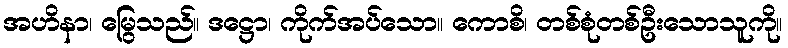
အဟိနာ၊ မြွေသည်။ ဒဋ္ဌော၊ ကိုက်အပ်သော။ ကောစိ၊ တစ်စုံတစ်ဦးသောသူကို။